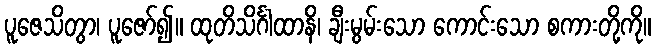
ပူဇေသိတွာ၊ ပူဇော်၍။ ထုတိသိင်္ဂါထာနိ၊ ချီးမွမ်းသော ကောင်းသော စကားတို့ကို။